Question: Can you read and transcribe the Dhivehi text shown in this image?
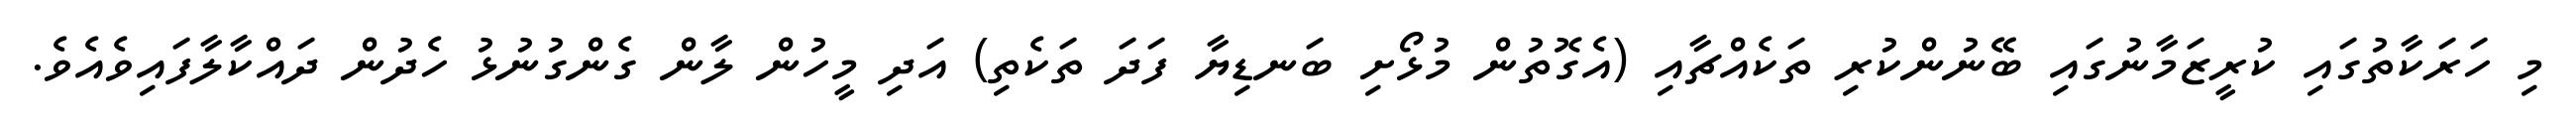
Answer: މި ހަރަކާތުގައި ކުރީޒަމާނުގައި ބޭނުންކުރި ތަކެއްޗާއި (އެގޮތުން މުޅޯށި ބަނޑިޔާ ފަދަ ތަކެތި) އަދި މީހުން ލާން ގެންގުނުޅު ހެދުން ދައްކާލާފައިވެއެވެ.